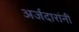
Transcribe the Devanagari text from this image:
अर्जदारांनी